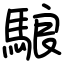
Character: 駺